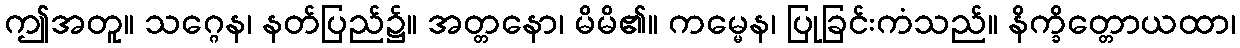
ဤအတူ။ သဂ္ဂေန၊ နတ်ပြည်၌။ အတ္တနော၊ မိမိ၏။ ကမ္မေန၊ ပြုခြင်းကံသည်။ နိက္ခိတ္တောယထာ၊